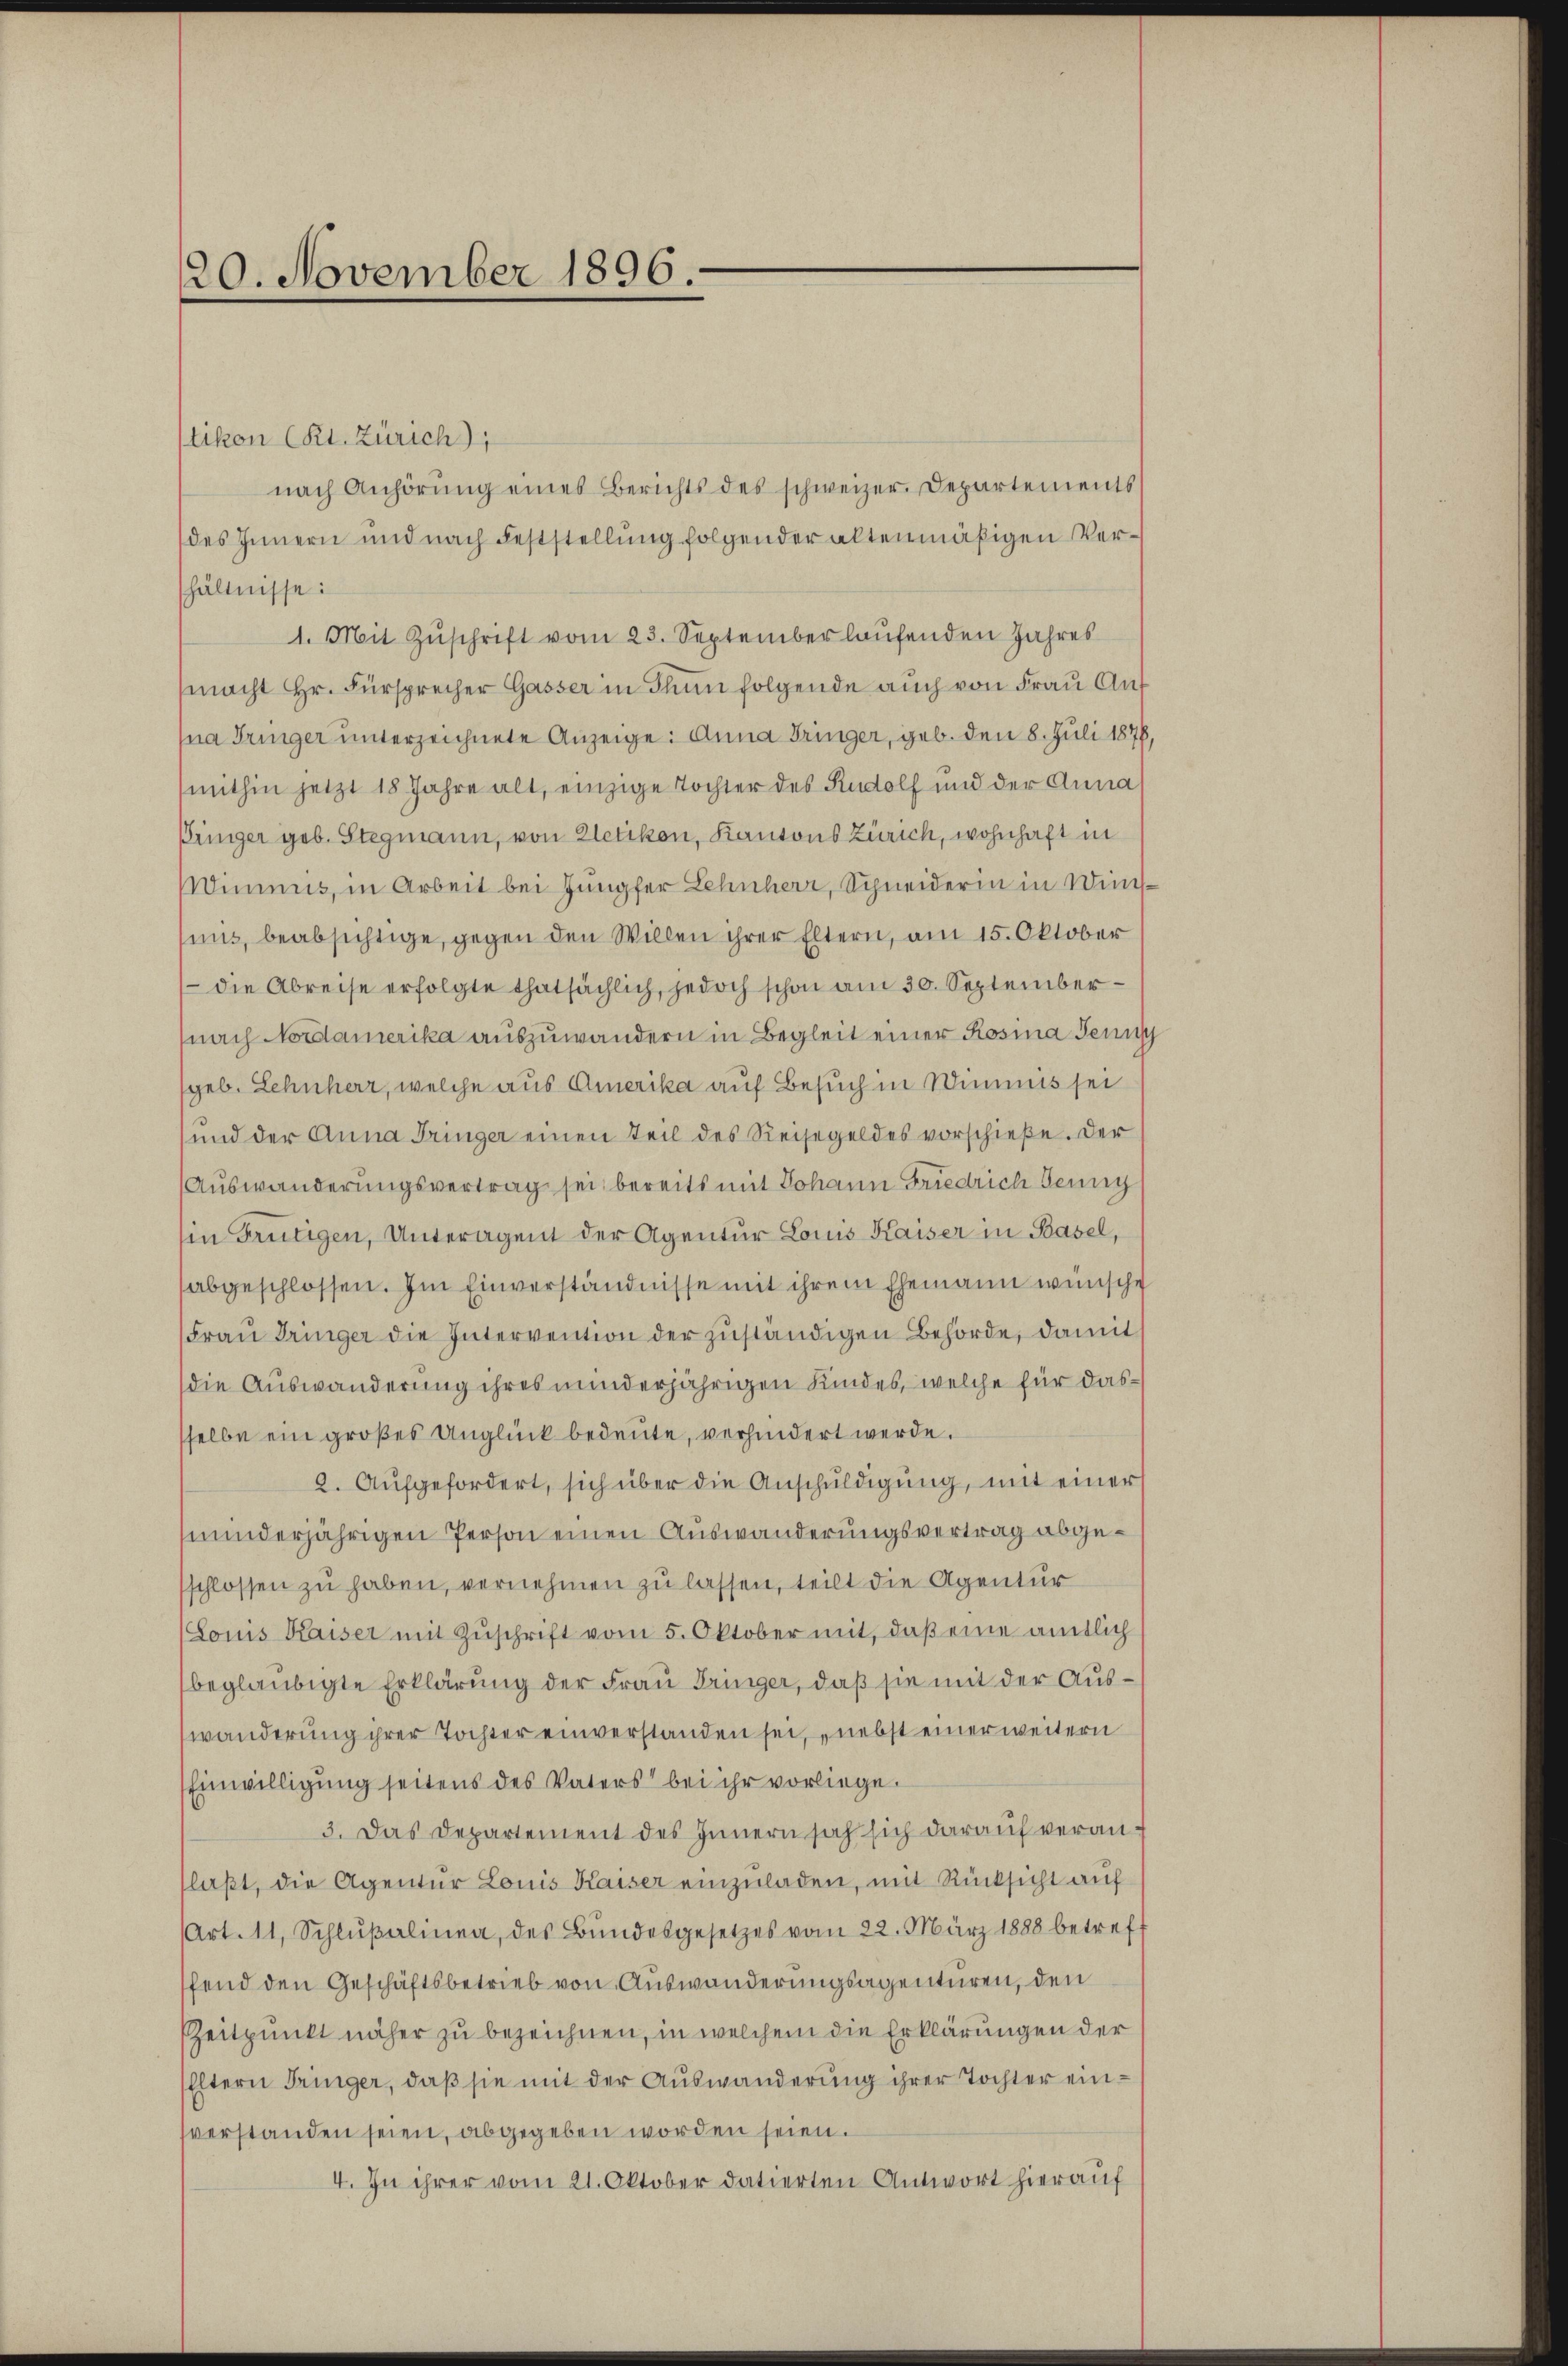
20. November 1896.

tikon (Kt. Zürich),
nach Anhörŭng eines Berichts des schweizer Departements
des Innern und nach Feststellung folgender altenmäßigen Verhältnisse:
1. Mit Zŭschrift vom 23. Septemberlaufenden Jahres
macht Hr. Fürsprecher Gasser in Thun folgende auch von Frau Auf
Ina Tringer unterzeichnete Anzeige: Anna Dringer, geb. den 8. Juli 1878,
mithin jetzt 18 Jahre alt, einzige Tochter des Rudolf und der Anna
Einiger geb. Stegmann, von Uetikon, Kantons Zürich, wohnhaft in
WWimmis, in Arbeit bei Jungfer Lehnherr, Schneiderin in Winuns, beabsichtige, gegen den Willen ihrer Eltern, am 15. Oktober
 die Abreise erfolgte thatsächlich, jedoch schon am 30. September
nach Nordamerika auszuwandern in Begleit einer Rosina Jenn
geb. Lehnherr, welche aus Amerika auf Besuch in Wimmnis sei
und der Anna Tringer einen Teil des Reisegeldes vorschieße. Der
Auswanderungsvertrag sei, bereits mit Johann Friedrich Jenny
(in Frutigen, Unteragent der Agentur Louis Kaiser in Basel,
abgeschlossen. Im Einverständnisse mit ihrem Ehemann wünsche
Frau Dringer die Intervention der zuständigen Behörde, damit
die Auswanderung ihres minderjährigen Kindes, welche für dassselbe ein großes Unglück bedeute, verhindert werde.
2. Aufgefordert, sich über die Anschŭldigung, mit einer
minderjährigen Person einen Auswanderungsvertrag abgeschlossen zu haben, vernehmen zu lassen, teilt die Agentur
(Lonis Kaiser mit Zŭschrift vom 5. Oktober mit, daß eine amtlich
beglaubigte Erklärung der Frau Dringer, daß sie mit der Auswanderung ihrer Tochter einverstanden sei, nebst einer weitern
Einwilligung seitens des Vaters bei ihr vorliege.
3. Das Departement des Innern sah sich darauf veranflaβt, die Agentŭr Louis Kaiser einzŭladen, mit Rücksicht auf
Art. 11, Schlŭβalinea, des Bŭndesgesetzes vom 22. März 1888 betreff
fend den Geschäftsbetrieb von Auswanderungsagenturen, den
Zeitpunkt näher zu bezeichnen, in welchem die Erklärungen der
Eltern Tringer, daß sie mit der Auswanderung ihrer Tochter einverstanden seien, abgegeben worden seien.
4. In ihrer vom 21. Oktober datierten Antwort hierauf